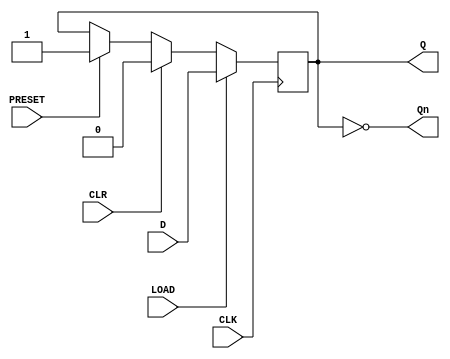
module d_ff_sync_load (
    input wire D, CLK, LOAD, CLR, PRESET,
    output reg Q, Qn
);

always @(posedge CLK) begin
    if (LOAD) begin
        Q <= D;
    end
    else if (CLR) begin
        Q <= 1'b0;
    end
    else if (PRESET) begin
        Q <= 1'b1;
    end
end

assign Qn = ~Q;

endmodule